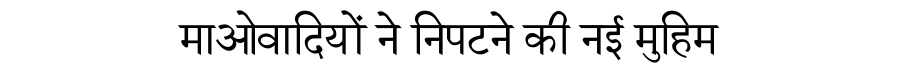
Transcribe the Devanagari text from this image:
माओवादियों ने निपटने की नई मुहिम